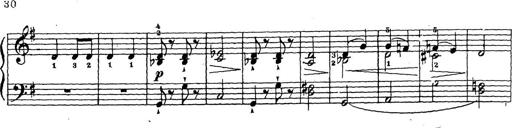
Title: 10 Sonatinas
Composer: Fritz Spindler